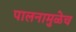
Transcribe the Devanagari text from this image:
पालनामुळेच